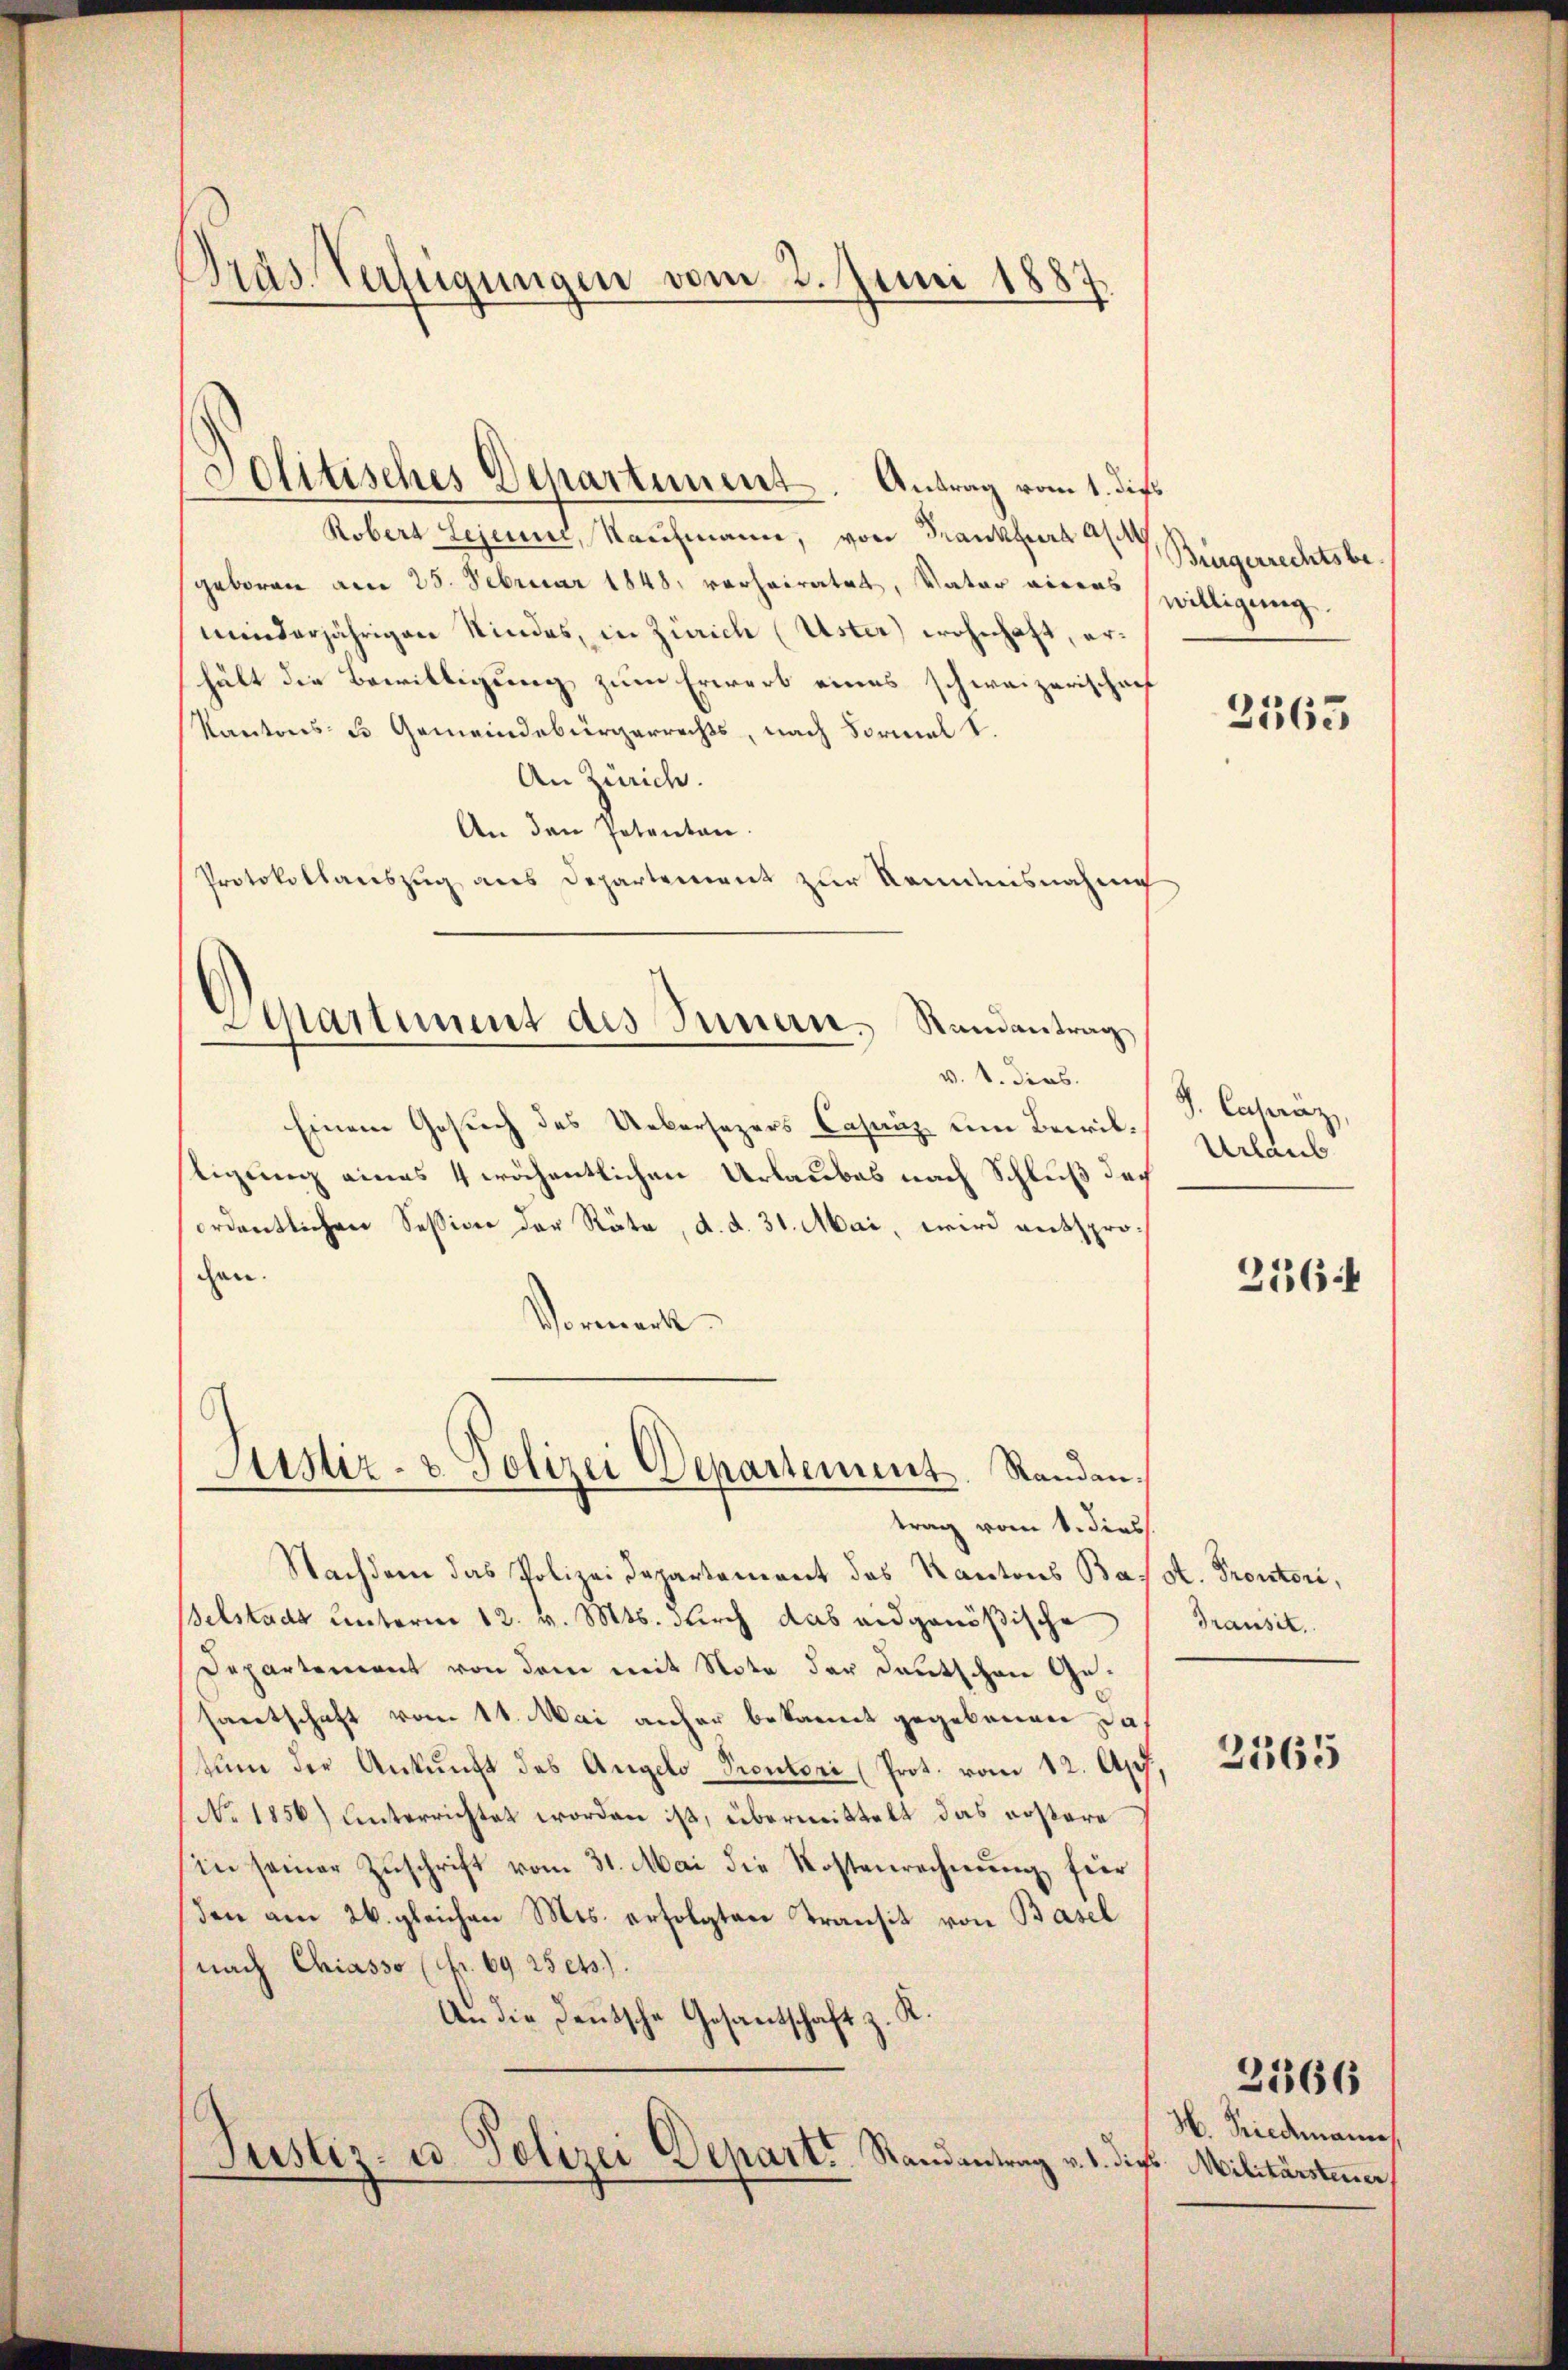
Präs. Verfügungen vom 2. Juni 1887

Solitisches Departement. Antrag vom 1. die

Robert Lejeune, Nachmann, von Frankfurt a
geboren am 28. Februar 1848 verheiratet, Vater vineas
minderjährigen Kindes, in Zürich (Uster) wohnhaft, erhält die Bewilligung zum Erwerb eines schweizerischaf
Kantons- & Gemeindebürgerrechts, nach Formal 1.
An Zürich.
An den Petentan.
Protokollauszug aus Departement zur Kenntnisnahme
v. 4. dies.
Einem Gesuch des Uebersezers Casanz um Bewilligung eines 4 wöchentlichen Urlaubes nach Schluß doch
ordentlichen Sessiver der Räte, d. d. 31. Mai, wird entspro
cen.
Vormerk
Aisir- u. Polizei Departement. Randen.
trag vom 1. dies
Nachdem das Polizei Departement des Kantons Baelstadt unterm 12. v. Mts. durch das eidgenößische
Departement von dem mit Note der Deutschen Gesantschaft vom 11. Mai anher bekannt gegebenen Datum der Ankunft des Angelo Prentori (Prot. vom 12. Apr.
No. 1856) unterrichtet worden ist, übermittelt das erstere
in seiner Zŭschrift vom 31. Mai die Kostenrechnŭng für
den am 26. gleichen Mes. erfolgten Transit von Basel
nach Chiasso (Fr. 69. 25 ets).
An die Deutsche Gesandtschaft z. K.
Justiz- u. Polizei Departs Randantrag v. 1. die Militärsteuer

Departement des Innern, Rundantrag,

Bürgerrechtsbewilligung

2563

J. Capräz,
Urlaub

256 f

A. Proctori,
Transit.

2365

H. Friedmann

2166